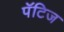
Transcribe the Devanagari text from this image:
पॅटिज